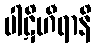
ပါဋိဟီရာနိ